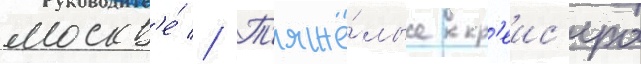
москв'е́ // Т'яжё́лые кр'еис'ера